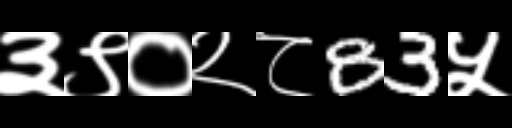
Text: ३९०२८83५